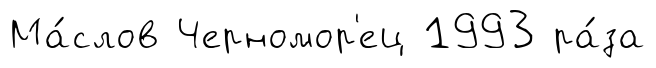
Ма́слов Черномор'ец 1993 ра́за